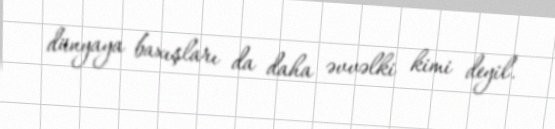
dünyaya baxışları da daha əvvəlki kimi deyil.